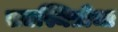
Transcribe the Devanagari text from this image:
सद्यस्थितीचा